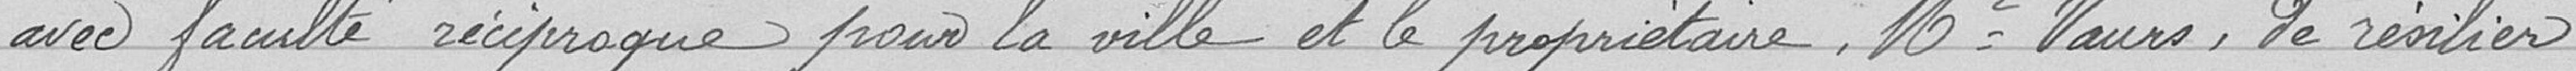
avec faculté réciproque pour la ville et le propriétaire, de résilier